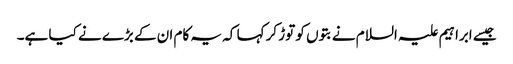
جیسے ابراہیم علیہ السلام نےبتوں کو توڑ کر کہا کہ یہ کام ان کے بڑے نے کیا ہے۔